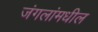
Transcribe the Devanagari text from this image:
जंगलांमधील